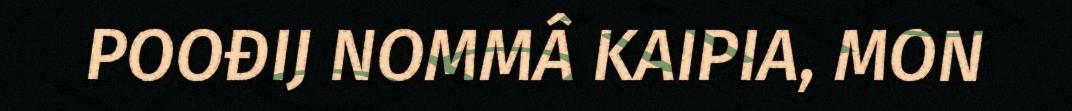
POOĐIJ NOMMÂ KAIPIA, MON